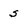
Character: s